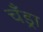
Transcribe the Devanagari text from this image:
चँड्रा